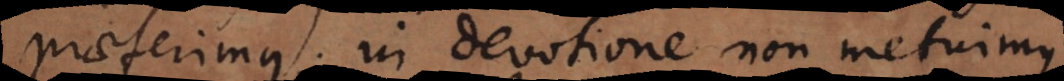
praeferimus; in devotione non metuimus